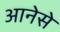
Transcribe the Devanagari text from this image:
आनेसे